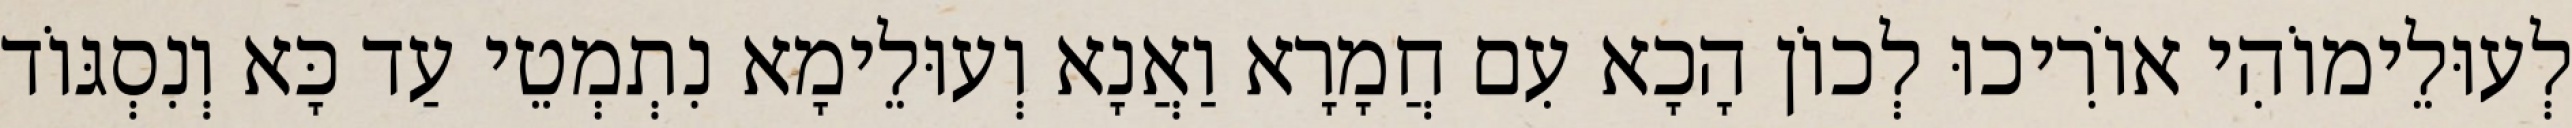
לְעוּלֵימוֹהִי אוֹרִיכוּ לְכוֹן הָכָא עִם חֲמָרָא וַאֲנָא וְעוּלֵימָא נִתְמְטֵי עַד כָּא וְנִסְגּוֹד